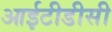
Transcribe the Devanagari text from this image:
आईटीडीसी